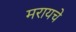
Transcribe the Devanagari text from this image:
मरायचे